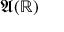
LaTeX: { \mathfrak { A } } ( \mathbb { R } )